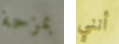
بمزحة أنني